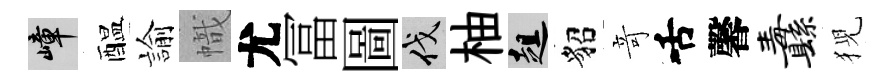
嶂醖諭幟尤冨圖伐柚趄貂竒舌馨纛猊